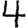
Digit: 4